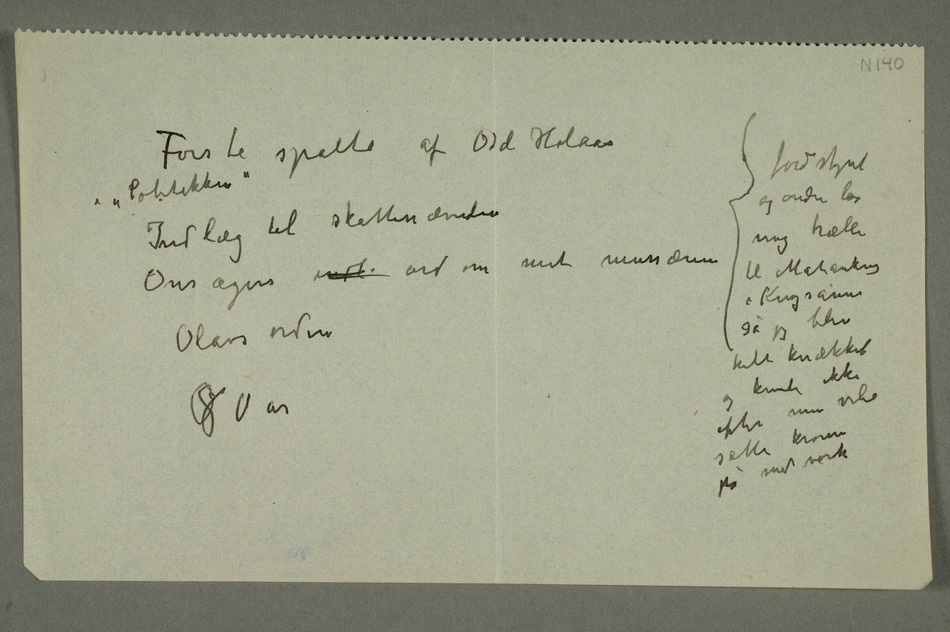
Første spalte av Odd
Hølaas i
Indlæg til skattenævnden
mit
i Krigsårene så jeg
blev helt
knækket
efter min vilie sætte